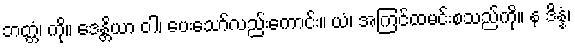
ဘတ္တံ၊ ကို။ ဒေန္တိယာ ဝါ၊ ပေးသော်လည်းကောင်း။ ယံ၊ အကြင်ထမင်းစသည်ကို။ န ဒိန္နံ၊